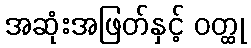
အဆုံးအဖြတ်နှင့် ဝတ္ထု